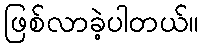
ဖြစ်လာခဲ့ပါတယ်။